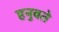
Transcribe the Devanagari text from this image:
हनुवते